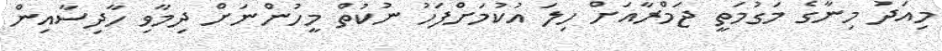
މިއަދު މިނާގެ މަގުމަތީ ޖަމްރާއަށް ހިލަ އުކުމަށްފަހު ނުކުތް މީހުންނަށް ދިމާވި ހާދިސާއިން